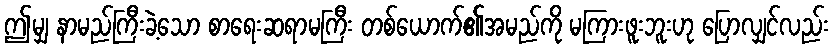
ဤမျှ နာမည်ကြီးခဲ့သော စာရေးဆရာမကြီး တစ်ယောက်၏အမည်ကို မကြားဖူးဘူးဟု ပြောလျှင်လည်း